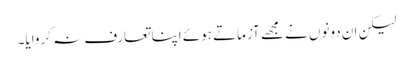
لیکن ان دونوں نے مجھے آزماتے ہوئے اپنا تعارف نہ کروایا۔